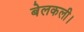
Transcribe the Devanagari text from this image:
बेलकली।